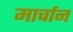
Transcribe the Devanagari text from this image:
मार्चान